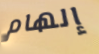
إلهام